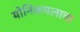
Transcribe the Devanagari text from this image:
योनिकमलाचा